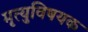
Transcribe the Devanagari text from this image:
मृत्युविषयक